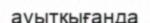
ауытқығанда